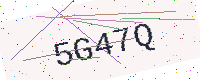
Text: 5G47Q